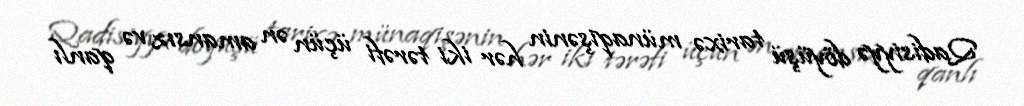
Qadisiyyə döyüşü tarixə münaqişənin hər iki tərəfi üçün ən amansız və qanlı